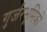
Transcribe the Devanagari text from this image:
गुर्जरभूमिको